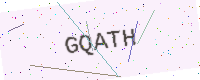
Text: GQATH